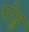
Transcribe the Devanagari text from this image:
पोह्ल